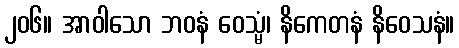
၂၀၆။ အာဝါသော ဘဝနံ ဝေသ္မံ၊ နိကေတနံ နိဝေသနံ။